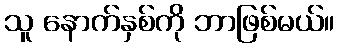
သူ နောက်နှစ်ကို ဘာဖြစ်မယ်။